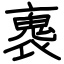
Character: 褢